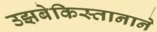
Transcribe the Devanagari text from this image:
उझबेकिस्तानाने